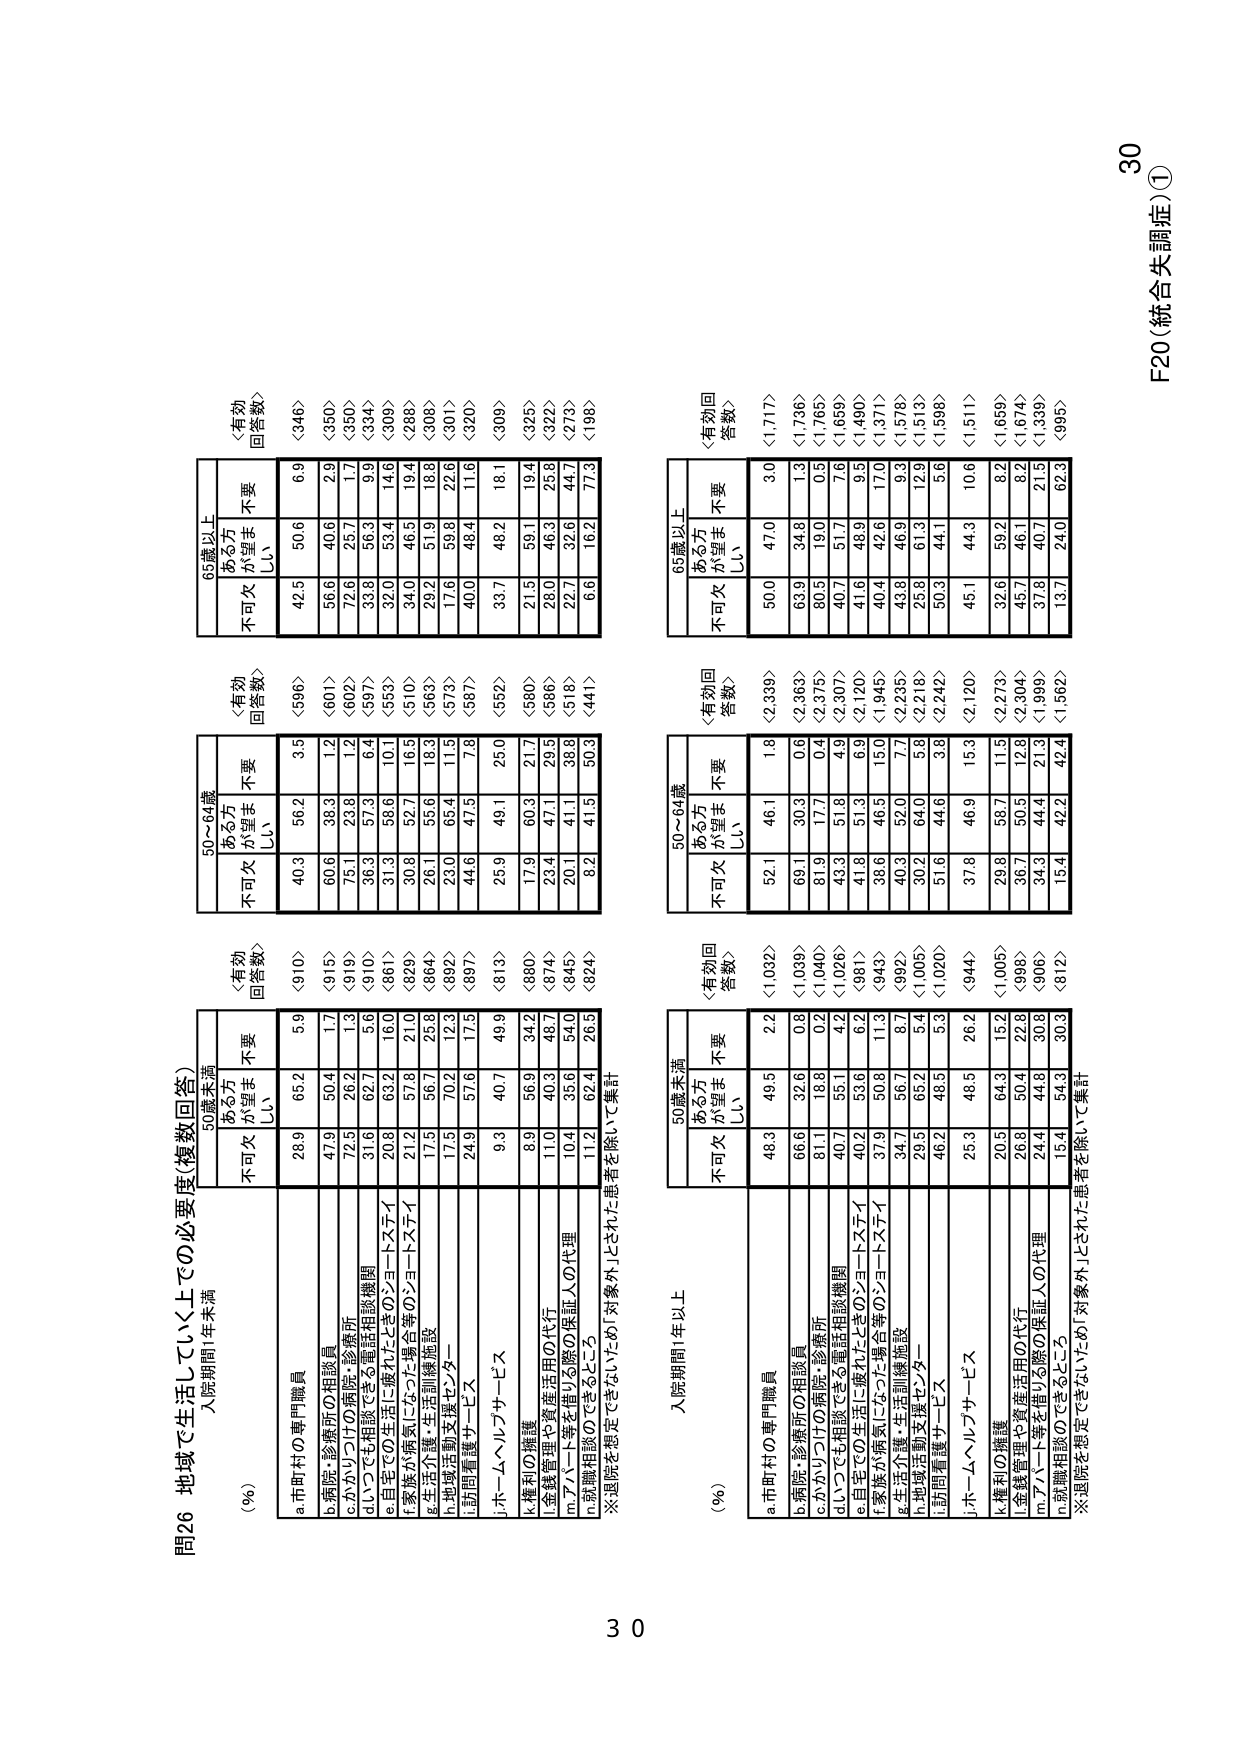
問26 地域で生活していく上での必要度（複数回答）
入院期間：年末満

（％）
a.市町村の専門職員
b.病院・診療所の相談員
c.かかりつけの病院・診療所
d.いつでも相談できる電話相談機関
e.自宅での生活に優れたソーシャルワーカー
f.家族が療養になった場合等のソーシャルワーカー
g.生活介護・生活訓練施設
h.地域活動支援センター
i.訪問看護サービス
j.ホームヘルプサービス
k.権利の擁護
l.金銭管理や資産活用の代行
m.アパート等を借りる際の保証人の代理
n.就職相談のできるところ

※退院を想定できないため、対象外とされた患者を除いて集計

50歳未満
〈有効回答数〉〈910〉
不可欠 ある方が望ましい 不要
28.9 65.2 5.9
47.9 50.4 1.7
72.5 26.2 1.3
31.6 62.7 5.6
20.8 63.2 16.0
21.2 57.8 21.0
17.5 56.7 25.8
17.5 70.2 12.3
24.9 57.6 17.5
9.3 40.7 49.9
8.9 56.9 34.2
11.0 40.3 48.7
10.4 35.6 54.0
11.2 62.4 26.5

50～64歳
〈有効回答数〉〈596〉
不可欠 ある方が望ましい 不要
40.3 56.2 3.5
60.6 38.3 1.2
75.1 23.8 1.2
36.3 57.3 6.4
31.3 58.6 10.1
30.8 52.7 16.5
26.1 55.6 18.3
23.0 65.4 11.5
44.6 47.5 7.8
25.9 49.1 25.0
17.9 60.3 21.7
23.4 47.1 29.5
20.1 41.1 38.8
8.2 41.5 50.3

65歳以上
〈有効回答数〉〈346〉
不可欠 ある方が望ましい 不要
42.5 50.6 6.9
56.6 40.6 2.9
72.6 25.7 1.7
33.8 56.3 9.9
32.0 53.4 14.6
34.0 46.5 19.4
29.2 51.3 18.8
17.6 59.8 22.6
40.0 48.4 11.6
33.7 48.2 18.1
21.5 59.1 19.4
28.0 46.3 25.8
22.7 32.6 44.7
6.6 16.2 77.3

入院期間：年以上

（％）
a.市町村の専門職員
b.病院・診療所の相談員
c.かかりつけの病院・診療所
d.いつでも相談できる電話相談機関
e.自宅での生活に優れたソーシャルワーカー
f.家族が療養になった場合等のソーシャルワーカー
g.生活介護・生活訓練施設
h.地域活動支援センター
i.訪問看護サービス
j.ホームヘルプサービス
k.権利の擁護
l.金銭管理や資産活用の代行
m.アパート等を借りる際の保証人の代理
n.就職相談のできるところ

※退院を想定できないため、対象外とされた患者を除いて集計

50歳未満
〈有効回答数〉〈1,032〉
不可欠 ある方が望ましい 不要
48.3 49.5 2.2
66.6 32.6 0.8
81.1 18.8 0.2
40.7 55.1 4.2
40.2 53.6 6.2
37.9 50.8 11.3
34.7 56.7 8.7
29.5 65.2 5.4
46.2 48.5 5.3
25.3 46.5 26.2
20.5 64.3 15.2
26.8 50.4 22.8
24.4 44.8 30.8
15.4 54.3 30.3

50～64歳
〈有効回答数〉〈2,339〉
不可欠 ある方が望ましい 不要
52.1 46.1 1.8
69.1 30.3 0.6
81.9 17.7 0.4
43.3 51.8 4.9
41.3 51.3 6.3
38.6 46.3 15.0
40.3 52.0 7.7
30.2 64.0 5.8
51.6 44.6 3.8
37.8 46.9 15.3
29.8 58.7 11.5
36.7 50.5 12.8
34.3 44.4 21.3
15.4 42.2 42.4

65歳以上
〈有効回答数〉〈1,717〉
不可欠 ある方が望ましい 不要
50.0 47.0 3.0
63.9 34.8 1.3
80.5 19.0 0.5
40.7 51.7 7.6
41.6 48.3 9.5
40.4 42.6 17.0
43.8 46.9 9.3
25.8 61.3 12.9
50.3 44.1 5.6
45.1 44.3 10.6
32.6 59.2 8.2
45.7 46.1 8.2
37.8 40.7 21.5
13.7 24.0 62.3

30
F20（統合失調症）①